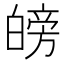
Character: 𱱼